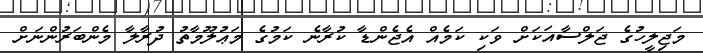
މަޖިލީހުގެ ޖަލްސާއަކަށް ވަކި ކަމެއް އެޖެންޑާ ކުރާނެ ކަމުގެ މަޢުލޫމާތު ދުރާލާ މެންބަރުންނަށް